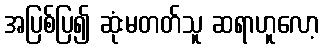
အပြစ်ပြ၍ ဆုံးမတတ်သူ ဆရာဟူလော့